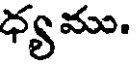
ధ్యము.